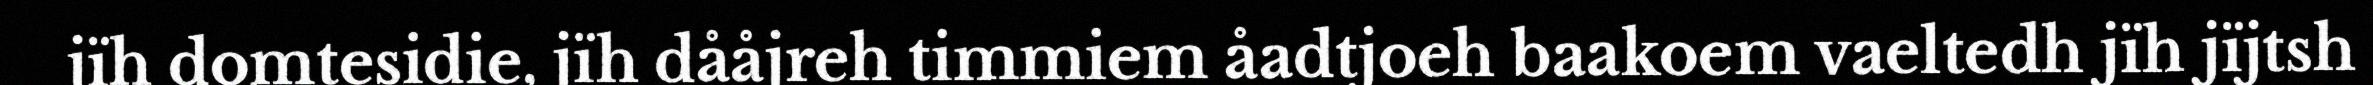
jïh domtesidie, jïh dååjreh timmiem åadtjoeh baakoem vaeltedh jïh jïjtsh